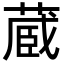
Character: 蔵